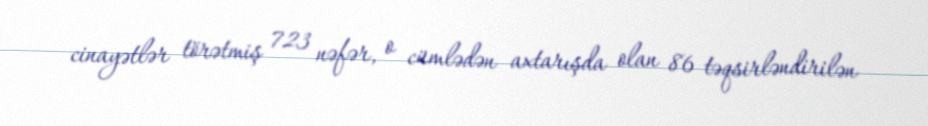
cinayətlər törətmiş 723 nəfər, o cümlədən axtarışda olan 86 təqsirləndirilən